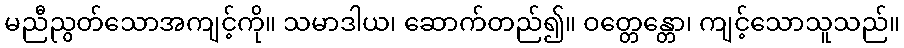
မညီညွတ်သောအကျင့်ကို။ သမာဒါယ၊ ဆောက်တည်၍။ ဝတ္တေန္တော၊ ကျင့်သောသူသည်။